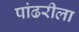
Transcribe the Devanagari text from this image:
पांढरीला